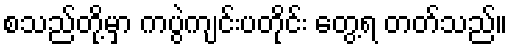
စသည်တို့မှာ ကပွဲကျင်းပတိုင်း တွေ့ရ တတ်သည်။